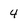
Character: 4